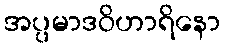
အပ္ပမာဒဝိဟာရိနော